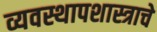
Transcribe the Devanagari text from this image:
व्यवस्थापशास्त्राचे